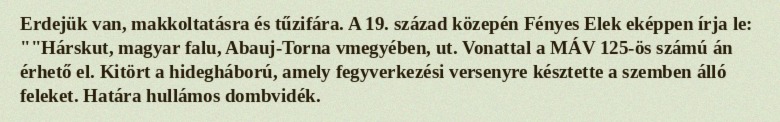
Erdejük van, makkoltatásra és tűzifára. A 19. század közepén Fényes Elek eképpen írja le: ""Hárskut, magyar falu, Abauj-Torna vmegyében, ut. Vonattal a MÁV 125-ös számú án érhető el. Kitört a hidegháború, amely fegyverkezési versenyre késztette a szemben álló feleket. Határa hullámos dombvidék.